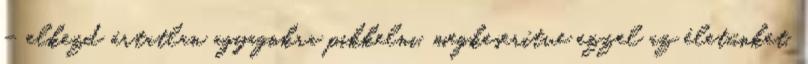
– elkezd ártatlan agyagokra pikkelni, megkeserítve ezzel az életünket.